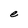
Character: e